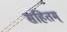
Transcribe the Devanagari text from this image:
सहितम्